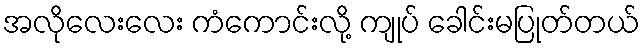
အလိုလေးလေး ကံကောင်းလို့ ကျုပ် ခေါင်းမပြုတ်တယ်